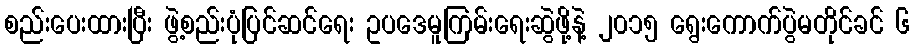
စည်းပေးထားပြီး ဖွဲ့စည်းပုံပြင်ဆင်ရေး ဥပဒေမူကြမ်းရေးဆွဲဖို့နဲ့ ၂၀၁၅ ရွေးကောက်ပွဲမတိုင်ခင် ၆